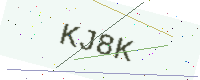
Text: KJ8K